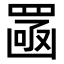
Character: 𦋣